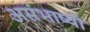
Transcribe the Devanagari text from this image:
असंभाष्यो